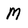
Character: M